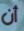
أن